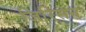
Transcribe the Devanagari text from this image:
जिरिसन